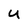
Character: u